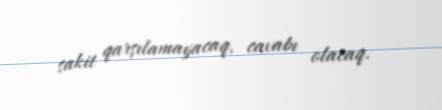
sakit qarşılamayacaq, cavabı olacaq.